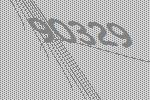
90329